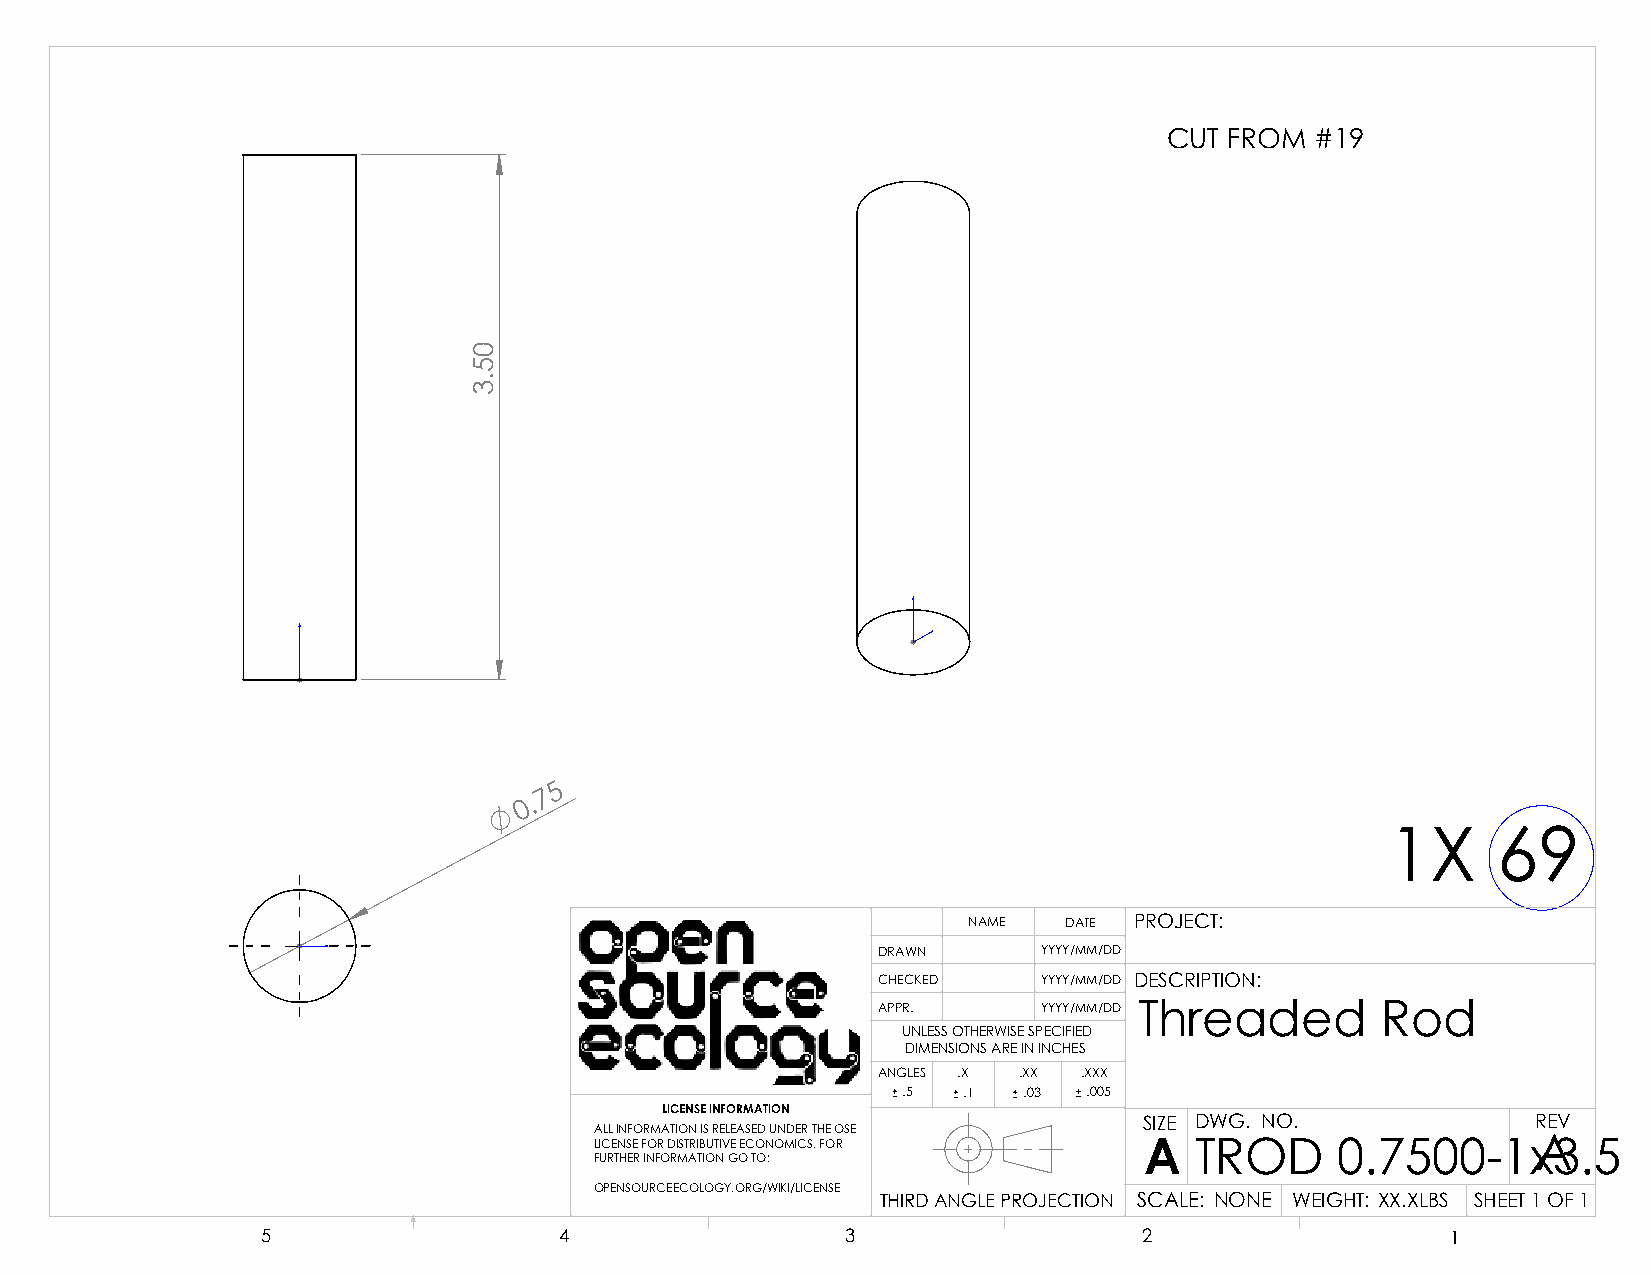
CUT FROM  #19
 5
 7
 0 .
 1X     69
 NAME  DATE PROJECT:
 DRAWN      YYYY/MM/DD
 CHECKED    YYYY/MM/DD DESCRIPTION:
 APPR.      YYYY/MM/DD Threaded   Rod
 UNLESS OTHERWISE SPECIFIED
 DIMENSIONS ARE IN INCHES
 ANGLES .X .XX .XXX
 .5  .1  .03 .005
 LICENSE INFORMATION
 SIZE DWG. NO.             REV
 ALL INFORMATION IS RELEASED UNDER THE OSE
 LICENSE FOR DISTRIBUTIVE ECONOMICS. FOR A TROD    0.7500-1xA3.5
 FURTHER INFORMATION GO TO:
 OPENSOURCEECOLOGY.ORG/WIKI/LICENSE
 THIRD ANGLE PROJECTION SCALE: NONE WEIGHT: XX.XLBS SHEET 1 OF 1
 5                   4                  3                   2                   1
 05.3